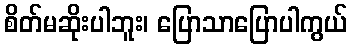
စိတ်မဆိုးပါဘူး၊ ပြောသာပြောပါကွယ်